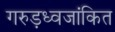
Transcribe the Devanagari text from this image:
गरुड़ध्वजांकित